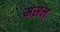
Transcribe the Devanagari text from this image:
मसल्‌